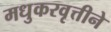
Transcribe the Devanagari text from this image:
मधुकरवृत्तीने